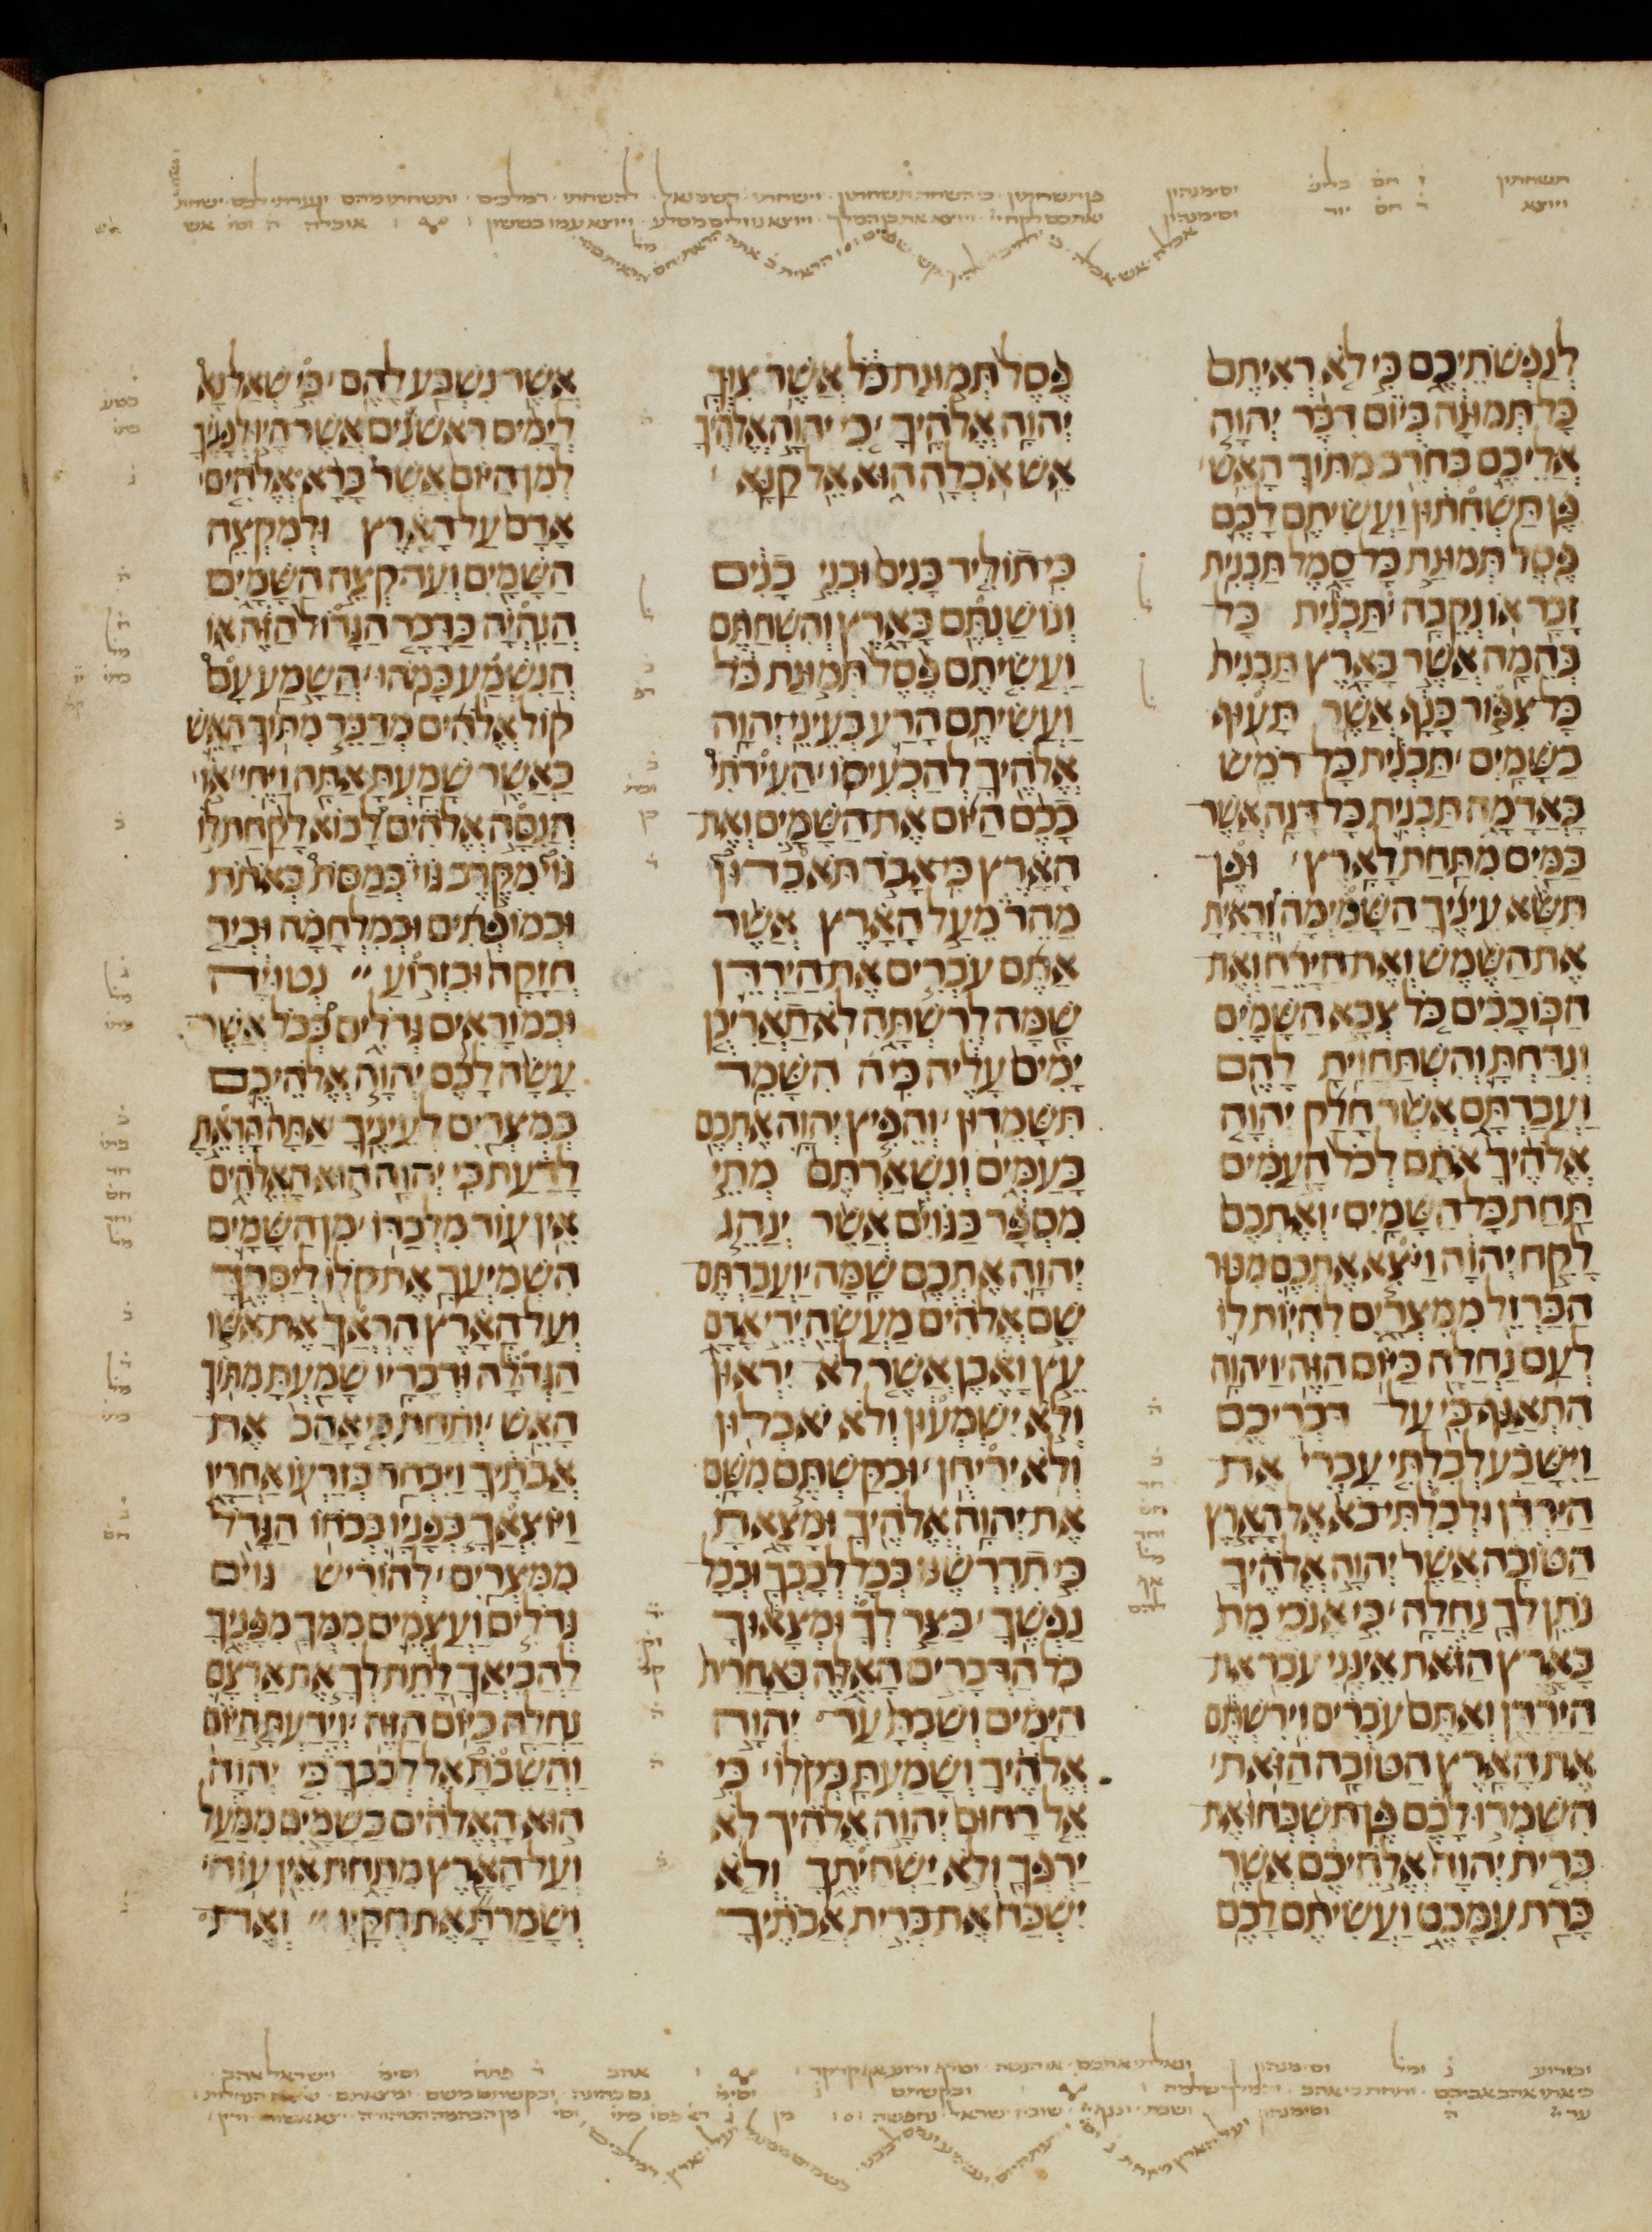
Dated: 1200–1299